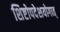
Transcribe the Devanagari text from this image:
शिष्टोपदेशयोगात्